Report on horse surra - Volume I
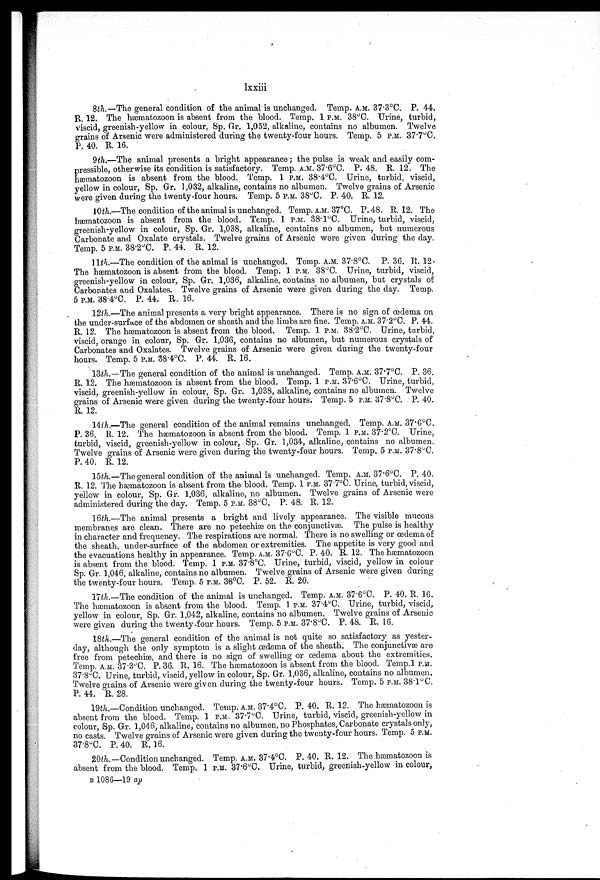
lxxiii
8th.— The general condition of the animal is unchanged. Temp. A.M. 37.3°C. P. 44.
R. 12. The hæmatozoon is absent from the blood. Temp. 1 P.M. 38°C. Urine, turbid,
viscid, greenish-yellow in colour, Sp. Gr. 1,052, alkaline, contains no albumen. Twelve
grains of Arsenic were administered during the twenty-four hours. Temp. 5 P.M. 37.7°C.
P. 40. R. 16.
9 th.—The animal presents a bright appearance; the pulse is weak and easily com-
pressible, otherwise its condition is satisfactory. Temp. A.M. 37.6°C. P. 48. R. 12. The
ha?matozoon is absent from the blood. Temp. 1 P.M. 38.4°C. Urine, turbid, viscid,
yellow in colour, Sp. Gr. 1,032, alkaline, contains no albumen. Twelve grains of Arsenic
were given during the twenty-four hours. Temp. 5 P.M. 38°C. P. 40. R. 12.
10th.—The condition of the animal is unchanged. Temp. A.M. 37°C. P. 48. R. 12. The
hæmatozoon is absent from the blood. Temp. 1 P.M. 38.1°C. Urine, turbid, viscid,
greenish-yellow in colour, Sp. Gr. 1,038, alkaline, contains no albumen, but numerous
Carbonate and Oxalate crystals. Twelve grains of Arsenic were given during the clay.
Temp. 5 P.M. 38.2°C. P. 44. R. 12.
11th.—The condition of the animal is unchanged. Temp. A.M. 37.8°C. P. 36. R. 12.
The hæmatozoon is absent from the blood. Temp. 1 P.M. 38°C. Urine, turbid, viscid,
greenish-yellow in colour, Sp. Gr. 1,036, alkaline, contains no albumen, but crystals of
Carbonates and Oxalates. Twelve grains of Arsenic were given during the day. Temp.
5 P.M. 38.4°C. P. 44. R. 16.
12th.—The animal presents a very bright appearance. There is no sign of œdema on
the under-surface of the abdomen or sheath and the limbs are fine. Temp. A.M. 37.2°C. P. 44.
R. 12. The hæmatozoon is absent from the blood. Temp. 1 P.M. 38.2°C. Urine, turbid,
viscid, orange in colour, Sp. Gr. 1,036, contains no albumen, but numerous crystals of
Carbonates and Oxalates. Twelve grains of Arsenic were given during the twenty-four
hours. Temp. 5 P.M. 3S.4°C. P. 44. R. 16.
13th.—The general condition of the animal is unchanged. Temp. A.M. 37.7°C. P. 36.
R. 12. The hæmatozoon is absent from the blood. Temp. 1 P.M. 37.6°C. Urine, turbid,
viscid, greenish-yellow in colour, Sp. Gr. 1,038, alkaline, contains no albumen. Twelve
grains of Arsenic were given during the twenty-four hours. Temp. 5 P.M. 37 . 8°C. P. 40.
R. 12.
14th.—The general condition of the animal remains unchanged. Temp. A.M. 37.6°C.
P. 36. R. 12. The hæmatozoon is absent from the blood. Temp. 1 P.M. 37.2°C. Urine,
turbid, viscid, greenish-yellow in colour, Sp. Gr. 1,034, alkaline, contains no albumen.
Twelve grains of Arsenic were given during the twenty-four hours. Temp. 5 P.M. 37 . 8°C.
P. 40. R. 12.
15th.—The general condition of the animal is unchanged. Temp. A.M. 37.6°C. P. 40.
R. 12. The ha?matozoon is absent from the blood. Temp. 1 P.M. 37.7°C. Urine, turbid, viscid,
yellow in colour, Sp. Gr. 1,036, alkaline, no albumen. Twelve grains of Arsenic were
administered during the day. Temp. 5 P.M. 38°C. P. 48. R. 12.
16th.—The animal presents a bright and lively appearance. The visible mucous
membranes are clean. There are no petechiæ on the conjunctivæ. The pulse is healthy
in character and frequency. The respirations are normal. There is no swelling or œdema of
the sheath, under-surface of the abdomen or extremities. The appetite is very good and
the evacuations healthy in appearance. Temp. A.M. 37.6°C. P. 40. R. 12. The hæmatozoon
is absent from the blood. Temp. 1 P.M. 37.8°C. Urine, turbid, viscid, yellow in colour
Sp. Gr. 1,046, alkaline, contains no albumen. Twelve grains of Arsenic were given during
the twenty-four hours. Temp. 5 P.M. 38°C. P. 52. R. 20.
17th.—The condition of the animal is unchanged. Temp. A.M. 37.6°C. P. 40. R. 16.
The hæmatozoon is absent from the blood. Temp. 1 P.M. 37.4°C. Urine, turbid, viscid,
yellow in colour, Sp. Gr. 1,042, alkaline, contains no albumen. Twelve grains of Arsenic
were given during the twenty-four hours. Temp. 5 P.M. 37.8°C. P. 48. R. 16.
18th.—The general condition of the animal is not quite so satisfactory as yester-
day, although the only symptom is a slight œdema of the sheath. The conjunctivæ are
free from petechiæ, and there is no sign of swelling or œdema about the extremities.
Temp. A.M. 37.3°C. P. 36. R. 16. The hæmatozoon is absent from the blood. Temp.1 P.M.
37.8°C. Urine, turbid, viscid, yellow in colour, Sp. Gr. 1,036, alkaline, contains no albumen.
Twelve grains of Arsenic were given during the twenty-four hours. Temp. 5 P.M. 38.1°C.
P. 44. R. 28.
19th.—Condition unchanged. Temp. A.M. 37.4°C. P. 40. R. 12. The ha?matozoon is
absent from the blood. Temp. 1 P.M. 37.7°C. Urine, turbid, viscid, greenish-yellow in
colour, Sp. Gr. 1,046, alkaline, contains no albumen, no Phosphates, Carbonate crystals only,
no casts. Twelve grains of Arsenic were given during the twenty-four hours. Temp. 5 P.M.
37.8°C. P. 40. R. 16.
20th.—Condition unchanged. Temp. A.M. 37.4°C. P. 40. R. 12. The ha?matozoon is
absent from the blood. Temp. 1 P.M. 37.6°C. Urine, turbid, greenish-yellow in colour,
B 1086—19 ap